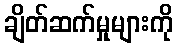
ချိတ်ဆက်မှုများကို